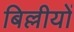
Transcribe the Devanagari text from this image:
बिल्लीयों